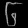
Digit: ၆